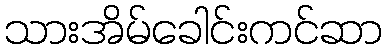
သားအိမ်ခေါင်းကင်ဆာ